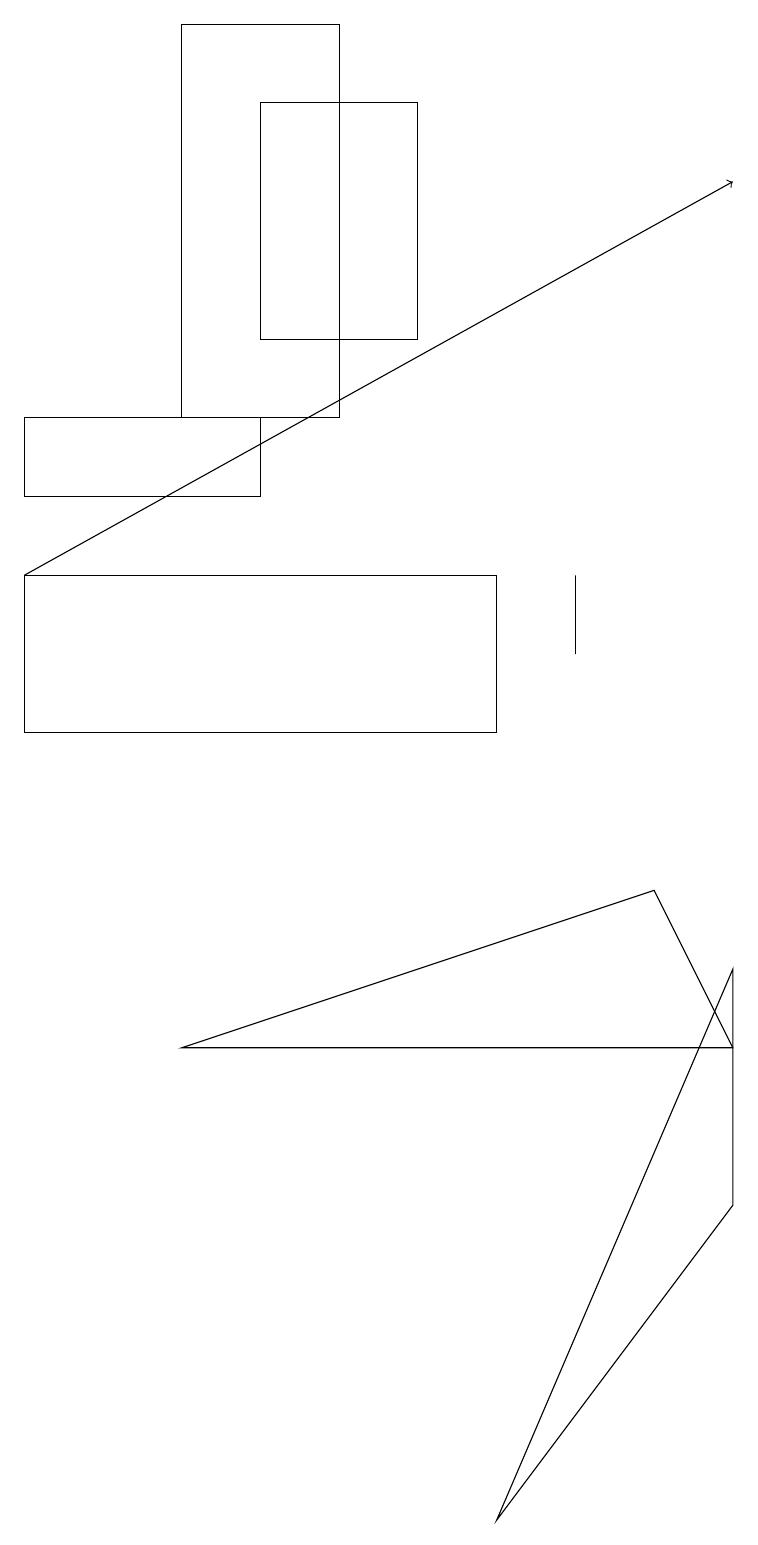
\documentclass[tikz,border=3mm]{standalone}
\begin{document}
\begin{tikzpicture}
\draw (2,14) rectangle (4,19);
\draw (7,11) rectangle (7,12);
\draw (8,8) -- (2,6) -- (9,6) -- cycle;
\draw (6,0) -- (9,4) -- (9,7) -- cycle;
\draw (5,18) rectangle (3,15);
\draw[->] (0,12) -- (9,17);
\draw (0,13) rectangle (3,14);
\draw (6,10) rectangle (0,12);
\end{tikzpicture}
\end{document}